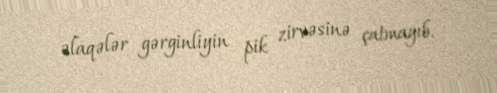
əlaqələr gərginliyin pik zirvəsinə çatmayıb.